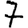
Digit: 7